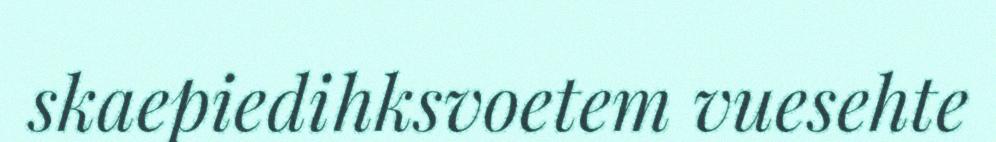
skaepiedihksvoetem vuesehte